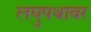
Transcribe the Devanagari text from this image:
लघुपथावर